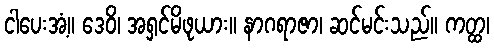
ငါပေးအံ့။ ဒေဝိ၊ အရှင်မိဖုယား။ နာဂရာဇာ၊ ဆင်မင်းသည်။ ကတ္ထ၊